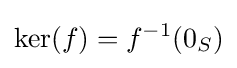
\ker(f)=f^{-1}(0_{S})